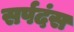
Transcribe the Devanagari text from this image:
सर्पदंस